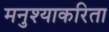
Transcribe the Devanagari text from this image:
मनुश्याकरिता